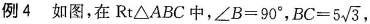
例4 如图，在Rt\triangle ABC中，$$\angle B=90^{\circ}$$, $$BC=5 \sqrt{3}$$,